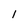
Character: l